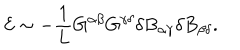
LaTeX: { \cal E } \sim - \frac { 1 } { L } G ^ { \alpha \beta } G ^ { \gamma \delta } \delta B _ { \alpha \gamma } \delta B _ { \beta \delta } .